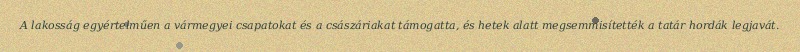
A lakosság egyértelműen a vármegyei csapatokat és a császáriakat támogatta, és hetek alatt megsemmisítették a tatár hordák legjavát.